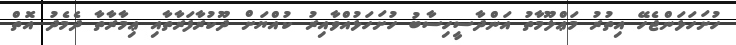
ހުށަހަޅަންޖެހޭ އިތުރު މަޢްލޫމާތު އަންދާސީހިސާބު ހުށަހަޅުއްވާއިރު ކުއްޔަށް ދޫކުރާފަރާތާއި ޢިމާރާތާ ދެމެދު އޮތް